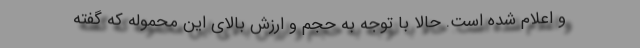
و اعلام شده است. حالا با توجه به حجم و ارزش بالای این محموله که گفته